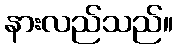
နားလည်သည်။